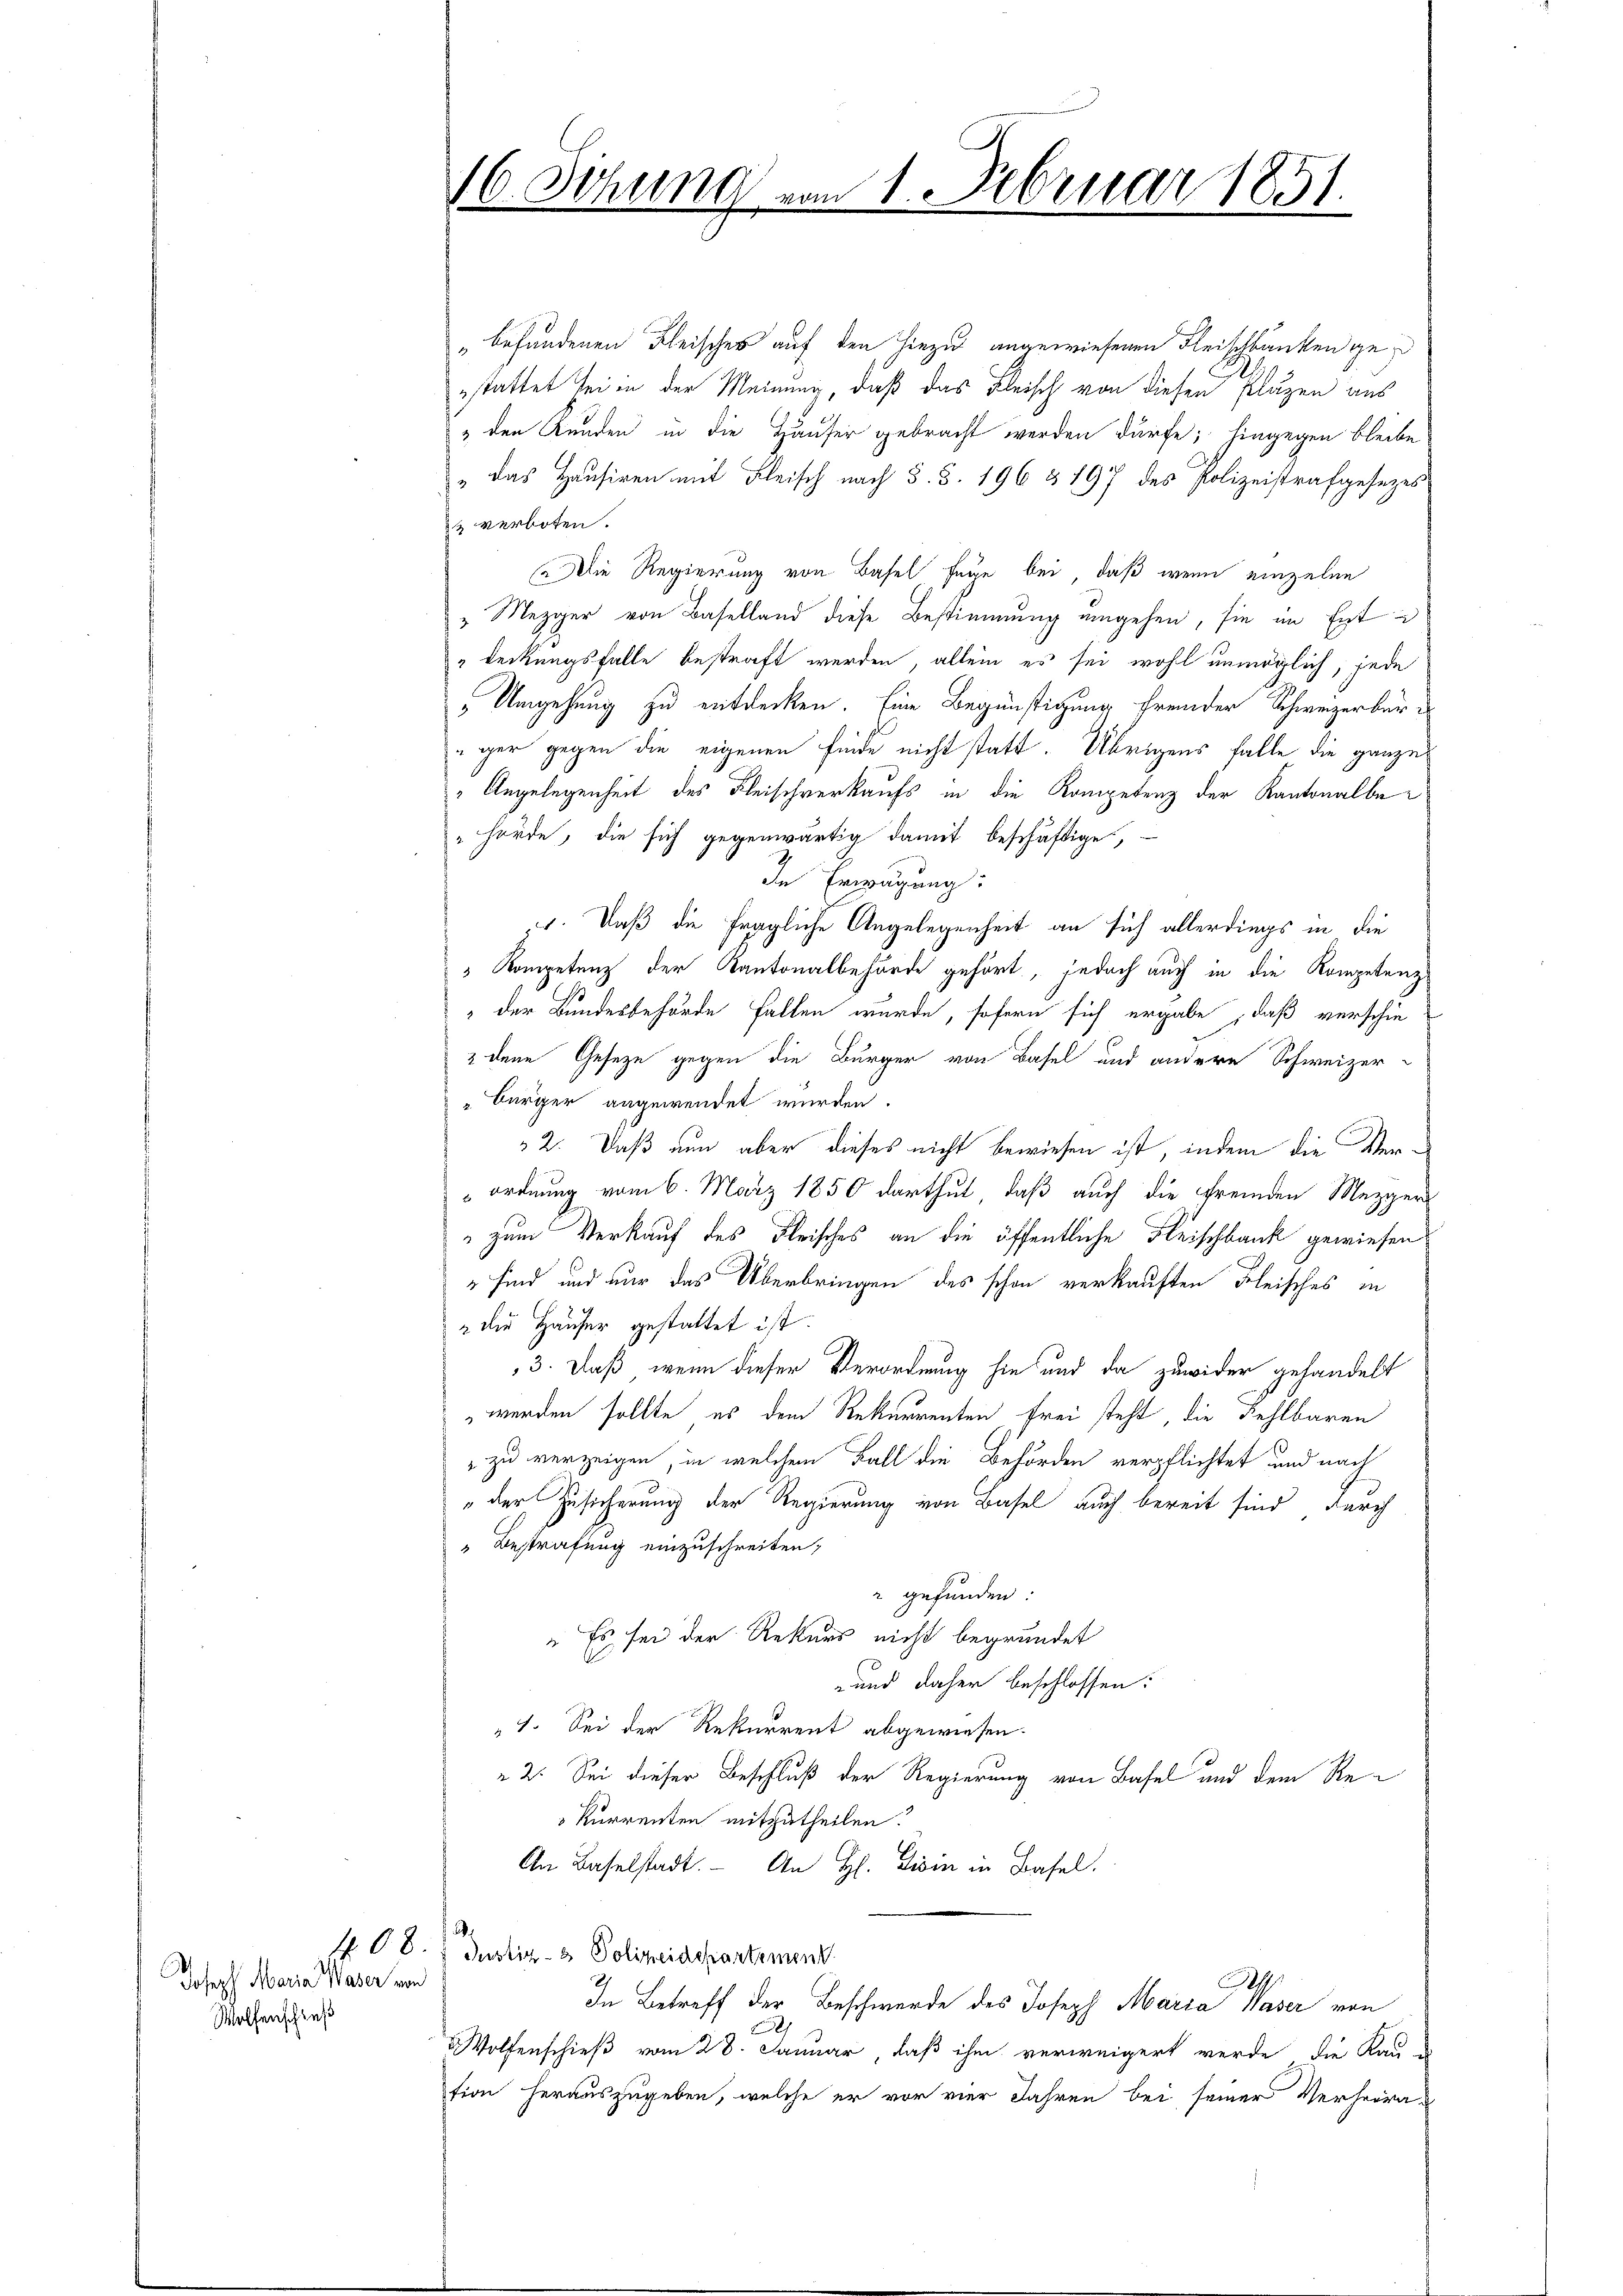
Joseph Maria Waser von
Wolfenschieß

" befundenen Fleisches auf den hiezu angewiesenen Fleischbänken gestattet sei in der Meinung, daß das Fleisch von diesen Plazen aus
& den Kunden in die Häuser gebracht werden dürfe; hingegen bleibe
„ das Hausiren mit Fleisch nach §. 5. 196 & 197 des Polizeistrafgesezes
2 verboten.
Die Regierung von Basel sage bei, daß wenn einzelne
& Mezger von Baselland diese Bestimmung eingehen, sie im Ent¬
Deckungsfalle bestraft werden, allein es sei wohl unmöglich, jede
" Umgehung zu entdecken. Eine Begünstigung fremder Schweizerbürger gegen die eigenen finde nicht statt. Übrigens falle die ganzes
" Angelegenheit des Fleischverkaufs in die Kompetenz der Kantonalbe¬
"hörde, die sich gegenwärtig damit beschäftige,
In Erwägung:
. Daß die fragliche Angelegenheit an sich allerdings in die
" Kompetenz der Kantonalbehörde gehört, jedoch auch in die Kompetenz
 der Bundesbehörde fallen wurde, sofern sich ergabe, daß verschie¬
2 dene Geseze gegen die Bürger von Basel und andere Schweizer-
Bürger angewendet wurden.
 2. Daß nun aber dieses nicht bewiesen ist, indem die Ver¬
 ordnung vom 6. März 1850 darthut, daß auch die Fremden Mezger
 zum Verkauf des Fleisches an die öffentliche Fleischbank gewiesen
 sind und nur das Überbringen des schon verkauften Fleisches in
" die Häuser gestattet ist.
3. Daß, wenn dieser Verordnung hie und da zuwider gehandelt
werden sollte, es dem Rekurrenten frei steht, die Fehlbaren
 zu verzeigen, in welchem Fall die Behörden verpflichtet und nach
 der Zusicherung der Regierung von Basel auch bereit sind durch
Bestrafung einzuschreiten;
r gefunden:
" Es sei der Rekurs nicht begründet
und daher beschlossen:
1. Sei der Rekurrent abgewiesen.
2: Sei dieser Beschluß der Regierung von Basel und dem Re¬
 Kurrenten mitzutheilen.
An Baselstadt. An H. Lion in Basel.
408. Justiz- & Polizeidepartement
A
In Betreff der Beschwerde des Joseph Maria Waser von
Wolfenschieß vom 28. Januar, daß ihm verweigert werde die Kau-
tion herauszugeben, welche er vor vier Jahren bei seiner Verheira¬

16 Sitzung vom 1. Februar 1851.
e